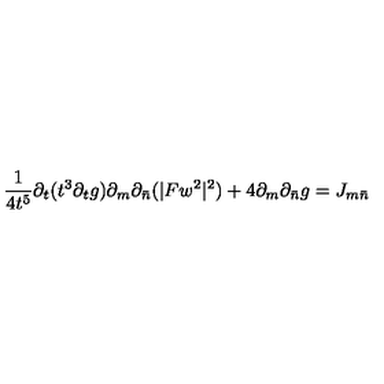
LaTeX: \frac { 1 } { 4 t ^ { 5 } } \partial _ { t } ( t ^ { 3 } \partial _ { t } g ) \partial _ { m } \partial _ { \bar { n } } ( | F w ^ { 2 } | ^ { 2 } ) + 4 \partial _ { m } \partial _ { \bar { n } } g = J _ { m \bar { n } }